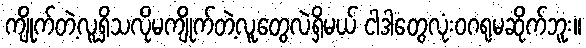
ကျိုက်တဲ့လူရှိသလိုမကျိုက်တဲ့လူတွေလဲရှိမယ် ငါဒါတွေလုံးဝဂရုမဆိုက်ဘူး။